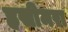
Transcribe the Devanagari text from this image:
हसीमरा